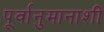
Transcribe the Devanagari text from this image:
पूर्वानुमानाशी